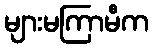
များမကြာမီက